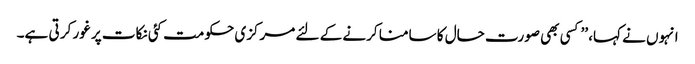
انہوں نے کہا، ’’کسی بھی صورت حال کا سامنا کرنے کے لئے مرکزی حکومت کئی نکات پر غور کر تی ہے۔